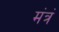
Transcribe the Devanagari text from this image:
मंत्रं